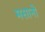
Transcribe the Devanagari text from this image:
मसानों